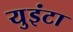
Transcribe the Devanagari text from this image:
युइंटा